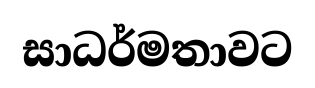
සාධර්මතාවට